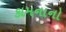
કામનાનો